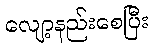
လျော့နည်းစေပြီး